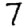
Digit: 7